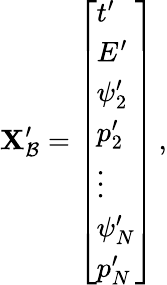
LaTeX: \mathbf{X}_{\mathcal{B}}^{\prime}=\left[\begin{array}{l}{t^{\prime}}\\ {E^{\prime}}\\ {\psi_{2}^{\prime}}\\ {p_{2}^{\prime}}\\ {\vdots}\\ {\psi_{N}^{\prime}}\\ {p_{N}^{\prime}}\end{array}\right]\, ,